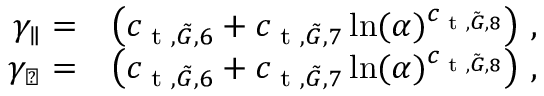
\begin{array} { r l } { \gamma _ { \parallel } = } & { \left( c _ { \textup { t } , \tilde { G } , 6 } + c _ { \textup { t } , \tilde { G } , 7 } \ln ( \alpha ) ^ { c _ { \textup { t } , \tilde { G } , 8 } } \right) \, , } \\ { \gamma _ { \perp } = } & { \left( c _ { \textup { t } , \tilde { G } , 6 } + c _ { \textup { t } , \tilde { G } , 7 } \ln ( \alpha ) ^ { c _ { \textup { t } , \tilde { G } , 8 } } \right) \, , } \end{array}